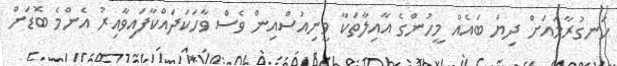
ހަނގުރާމައަށް ދިޔަ ބައެއް މީހުންގެ އާއިލާތަކާ ވީނިއުސްއިން ވެސް ވާހަކަދައްކާފައިވާއިރު އެންމެ ބޮޑަށް